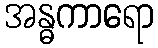
အန္ဓကာရော